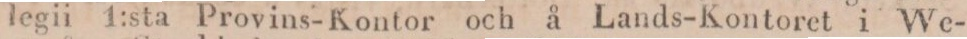
legii 1:sta Provins-Kontor och å Lands-Kontoret i We-